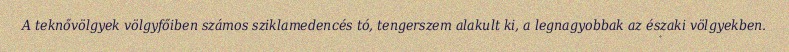
A teknővölgyek völgyfőiben számos sziklamedencés tó, tengerszem alakult ki, a legnagyobbak az északi völgyekben.